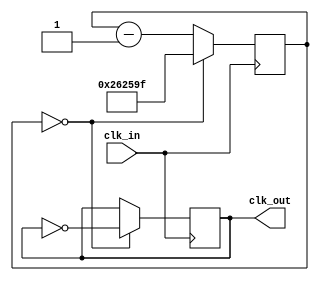
module clock_divider(clk_in,
					 clk_out
					);
	
	output	clk_out;
	input	clk_in;
	
	reg	[24:0]	counter;
	reg		clk_out;
	
	initial begin
//    	counter = 0;
    	clk_out = 0;
	end
	
	
	always @(posedge clk_in) begin
    	if (counter == 0) begin
			
        	counter <= 25'd2499999;
        	clk_out <= ~clk_out;
			
    	end else begin
			
        	counter <= counter - 25'd1;
			
    	end
	end
	
endmodule